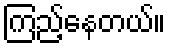
ကြည့်နေတယ်။